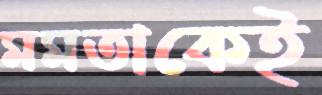
মমতাকেই